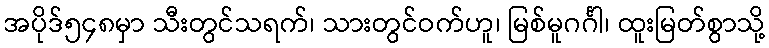
အပိုဒ်၅၄၈မှာ သီးတွင်သရက်၊ သားတွင်ဝက်ဟူ၊ မြစ်မူဂင်္ဂါ၊ ထူးမြတ်စွာသို့